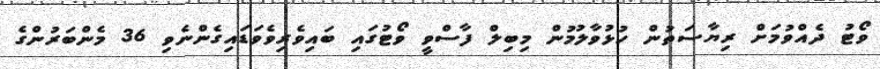
ވޯޓު ދެއްވުމަށް ރިޔާސަތުން ހުޅުވާލުމުން މިބިލް ފާސްވީ ވޯޓުގައި ބައިވެރިވެވަޑައިގެންނެވި 36 މެންބަރުންގެ